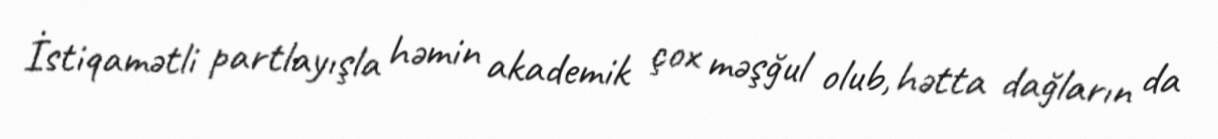
İstiqamətli partlayışla həmin akademik çox məşğul olub, hətta dağların da